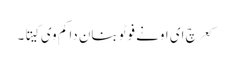
کعر چ ای اونے فوٹو بنان دا کم وی کیتا۔